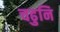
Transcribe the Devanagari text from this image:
चढुनि